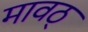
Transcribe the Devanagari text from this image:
मावठ्